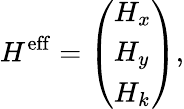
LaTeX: H^{\mathrm{eff}}=\left(\begin{array}{l}{H_{x}}\\ {H_{y}}\\ {H_{k}}\end{array}\right),